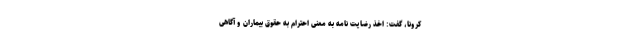
کرونا، گفت: اخذ رضایت نامه به معنی احترام به حقوق بیماران و آگاهی